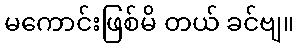
မကောင်းဖြစ်မိ တယ် ခင်ဗျ။